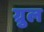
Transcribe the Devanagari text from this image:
ग्रुल